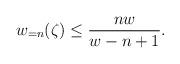
LaTeX: \begin{align*} w_{=n}(\zeta)\leq \frac{nw}{w-n+1}.\end{align*}